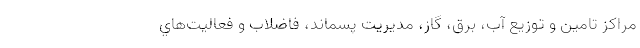
مراکز تامین و توزیع آب، برق، گاز، مدیریت پسماند، فاضلاب و فعالیت‌هاي